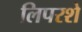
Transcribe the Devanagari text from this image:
लिपरशे